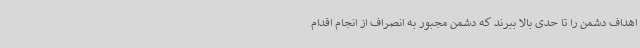
اهداف دشمن را تا حدی بالا ببرند که دشمن مجبور به انصراف از انجام اقدام